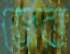
জেরা